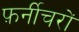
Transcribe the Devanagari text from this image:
फ़र्नीचरों